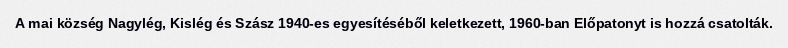
A mai község Nagylég, Kislég és Szász 1940-es egyesítéséből keletkezett, 1960-ban Előpatonyt is hozzá csatolták.